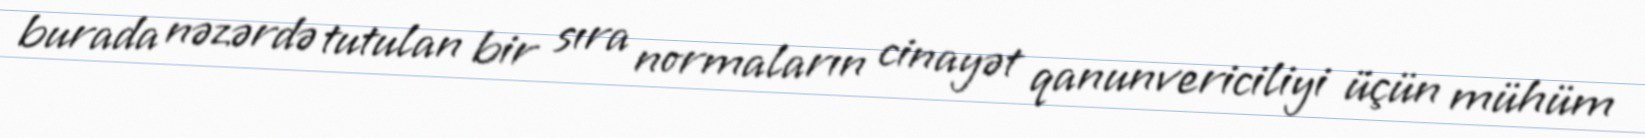
burada nəzərdə tutulan bir sıra normaların cinayət qanunvericiliyi üçün mühüm